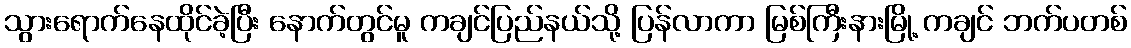
သွားရောက်နေထိုင်ခဲ့ပြီး နောက်တွင်မူ ကချင်ပြည်နယ်သို့ ပြန်လာကာ မြစ်ကြီးနားမြို့ ကချင် ဘက်ပတစ်